Triennial report on the lunatic asylums in the province of Eastern Bengal and Assam - 1903-1911
Year: 1903
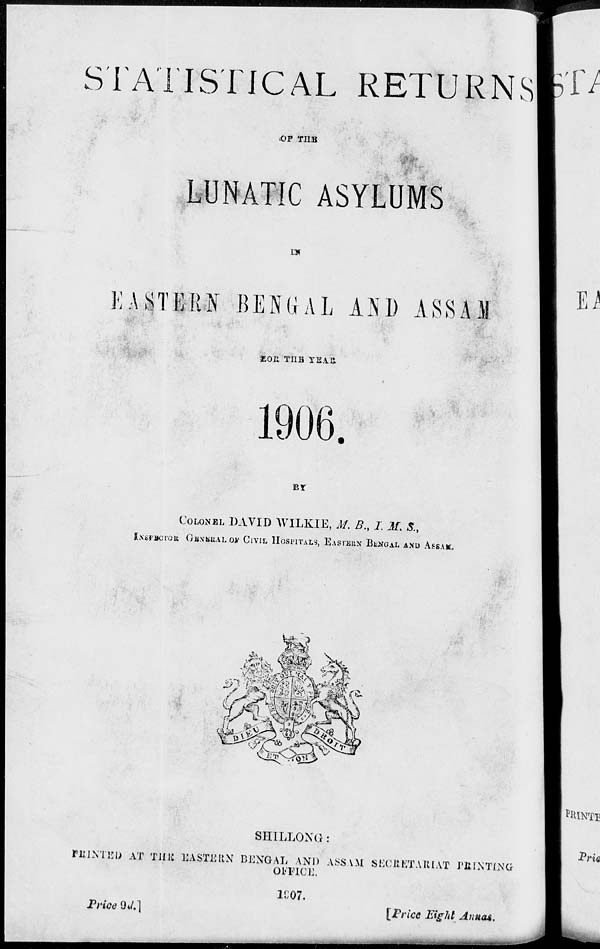
STATISTICAL RETURNS
OF THE
LUNATIC ASYLUMS
IN
EASTERN BENGAL AND ASSAM
FOR THE YEAR
1906.
BY
COLONEL DAVID WILKIE, M. B., I. M. S.,
INSPECTOR GENERAL OF CIVIL HOSPITALS, EASTERN BENGAL AND ASSAM.
SHILLONG:
PRINTED AT THE EASTERN BENGAL AND ASSAM SECRETARIAT PRINTING
OFFICE.
1907.
Price
9d.]
[Price Eight Annas.